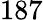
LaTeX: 187